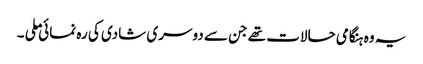
یہ وہ ہنگامی حالات تھے جن سے دوسری شادی کی رہ نمائی ملی ۔